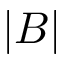
| B |